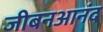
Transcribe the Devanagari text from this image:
जीबनआनंद